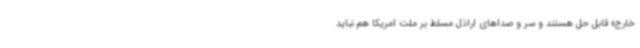
خارج» قابل حل هستند و سر و صداهای اراذل مسلط بر ملت امریکا هم نباید